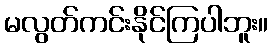
မလွတ်ကင်းနိုင်ကြပါဘူး။